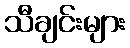
သီချင်းများ